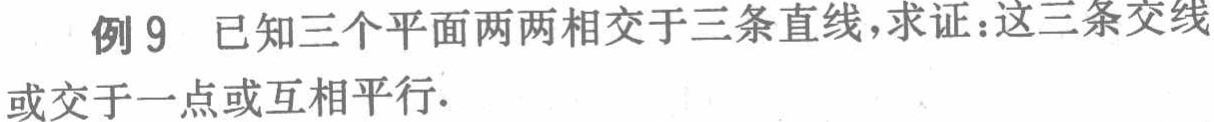
例9 已知三个平面两两相交于三条直线，求证：这三条交线或交于一点或互相平行.